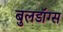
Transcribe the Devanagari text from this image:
बुलडॉग्‍स